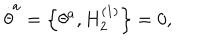
\stackrel { . } { \theta } ^ { a } = \left\{ \theta ^ { a } , H _ { 2 } ^ { \left( 1 \right) } \right\} = 0 ,